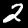
Digit: 2